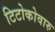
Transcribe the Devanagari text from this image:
टिटोकोवारु